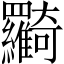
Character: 𦍉